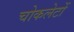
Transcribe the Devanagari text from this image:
चोकलेटों